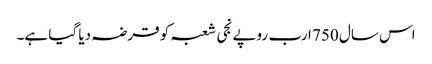
اس سال 750 ارب روپے نجی شعبہ کو قرضہ دیا گیا ہے۔